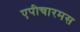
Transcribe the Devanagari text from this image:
एपीचारमस